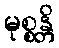
မုစ္စန္တိ